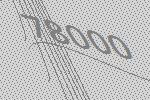
78000